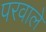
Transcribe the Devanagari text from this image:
परवाले